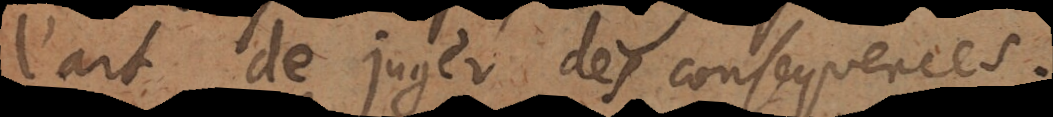
l’art de juger des consequences.